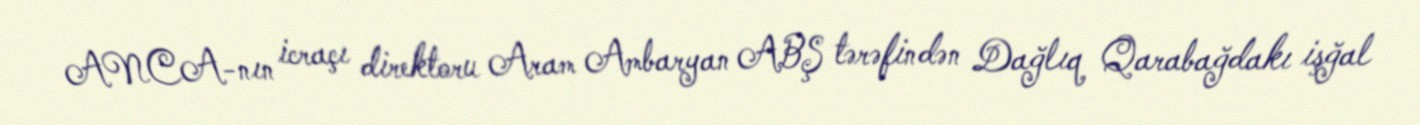
ANCA-nın icraçı direktoru Aram Ambaryan ABŞ tərəfindən Dağlıq Qarabağdakı işğal